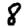
Digit: 8